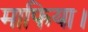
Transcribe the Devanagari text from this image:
माफिया।